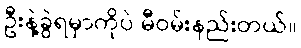
ဦးနဲ့ခွဲရမှာကိုပဲ မီဝမ်းနည်းတယ်။